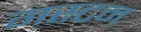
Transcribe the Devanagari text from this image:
गस्टन